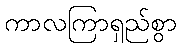
ကာလကြာရှည်စွာ